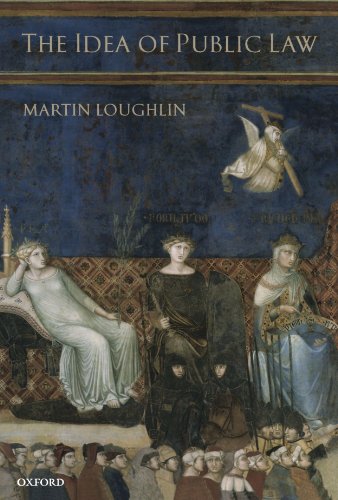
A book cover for The Idea of Public Law; Martin Loughlin; Law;